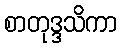
စာတုဒ္ဒသိကာ